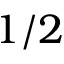
1 / 2